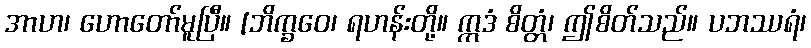
အာဟ၊ ဟောတော်မူပြီ။ [ဘိက္ခဝေ၊ ရဟန်းတို့။ ဣဒံ စိတ္တံ၊ ဤစိတ်သည်။ ပဘဿရံ၊